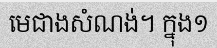
មេជាងសំណង់។ ក្នុង១